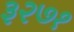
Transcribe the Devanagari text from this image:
३२७१